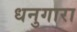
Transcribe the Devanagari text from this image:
धनुगारा